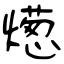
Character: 燪